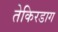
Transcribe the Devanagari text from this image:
तेकिरडाग